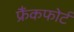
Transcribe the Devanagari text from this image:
फ्रैंकफोर्ट